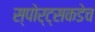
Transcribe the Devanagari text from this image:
स्पोर्ट्सकडेच